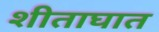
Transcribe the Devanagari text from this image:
शीताघात